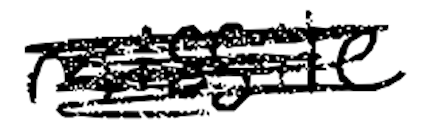
Text: missile
Cross-out: mix
Writing tool: digital_black